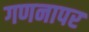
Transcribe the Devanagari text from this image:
गणनापर